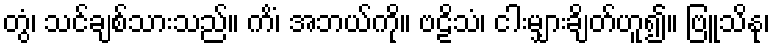
တွံ၊ သင်ချစ်သားသည်။ ကိံ၊ အဘယ်ကို။ ဗဠိသံ၊ ငါးမျှားချိတ်ဟူ၍။ ဗြူသိနု၊